Scottish Leaving Certificate Examination, 1957
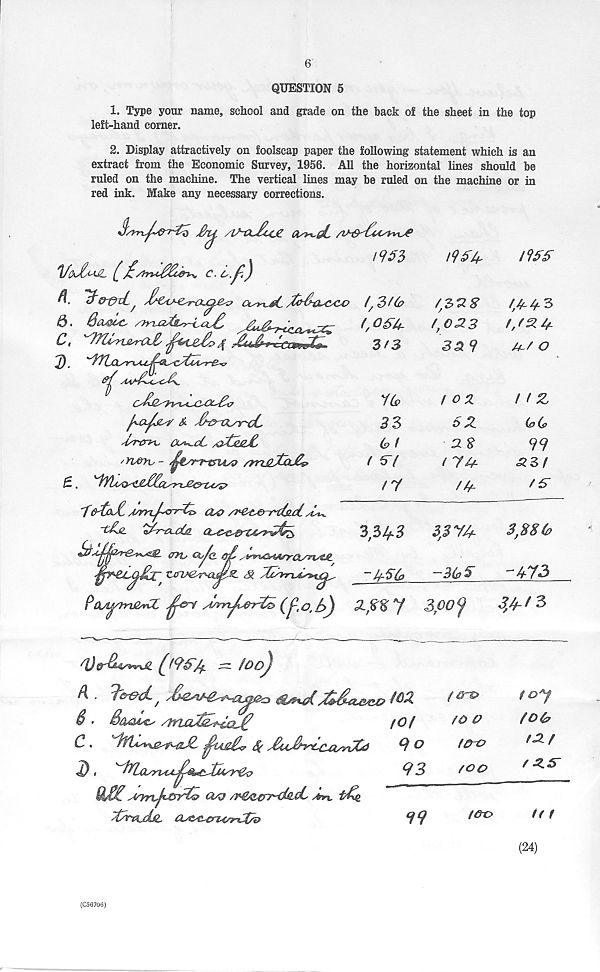
6
QUESTION 5
i9&A~
!9te
1. Type your name, school and grade on the back of the sheet in the top
left-hand corner.
2. Display attractively on foolscap paper the following statement which is an
extract from the Economic Survey, 1956. All the horizontal lines should be
ruled on the machine. The vertical lines may be ruled on the machine or in
red ink. Make any necessary corrections.
&. 6a^ /}rrxz^U<X
(,05U-
(,03.3
f/3-4-
0,
TT^ral
^
3^3
2).
C^&s7V'ld~C-4X-£i7
(&
3 3
a^cL /oXiejt
(<? f
/ rwru - ^sr-T^ts'UsQ /7nP_Jjx£^
( *0 (
3£ 9
t OZ
5Z
a $
( 7U-
/d
3,3lf.3
3,374-
7dtdyt A^rn^rrTi,, OyQ /re^e-r'dsicC
'qTt'tCL/TjH
^aJ7{2^si»^i2&. aw &jf
U-( o
f IZ
(a(s>
99
33/
(5
3,38 (0
-473
Pa/t^h^rCt
/i/rn^sO-nCs’
o, />J
Xfi%7
3 00 ^
3,4-f 3
" /ooj
(\ . ThttL j
$ •
ShaMss*' //yiclT^^ccl PP
2) <
Jonj^Y^ &sO /y€^&7^ds,sL ^n. iTTq.
Z/y&LdUL CO&^crUfp-d/®
m
/Of
qo
93
99
f
fO (?
/0-O
too
f D(p
(Z-f
/ Z.&
/GX>
/( t
(24)
(C56706)